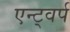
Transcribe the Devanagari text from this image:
एन्ट्वर्प